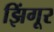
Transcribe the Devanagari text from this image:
झिंगूर